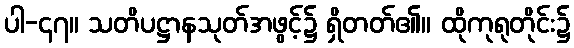
ပါ-၄၇။ သတိပဋ္ဌာနသုတ်အဖွင့်၌ ရှိတတ်၏။ ထိုကုရုတိုင်း၌